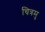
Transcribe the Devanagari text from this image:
चित्रमु